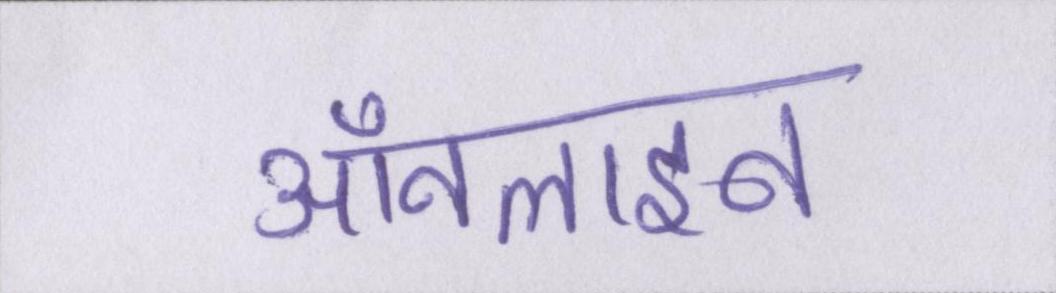
ऑनलाइन